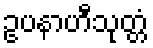
ဥပနာဟီသုတ္တံ